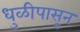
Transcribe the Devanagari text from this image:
धुळीपासून